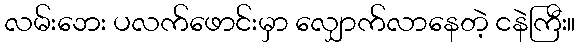
လမ်းဘေး ပလက်ဖောင်းမှာ လျှောက်လာနေတဲ့ ငနဲကြီး။